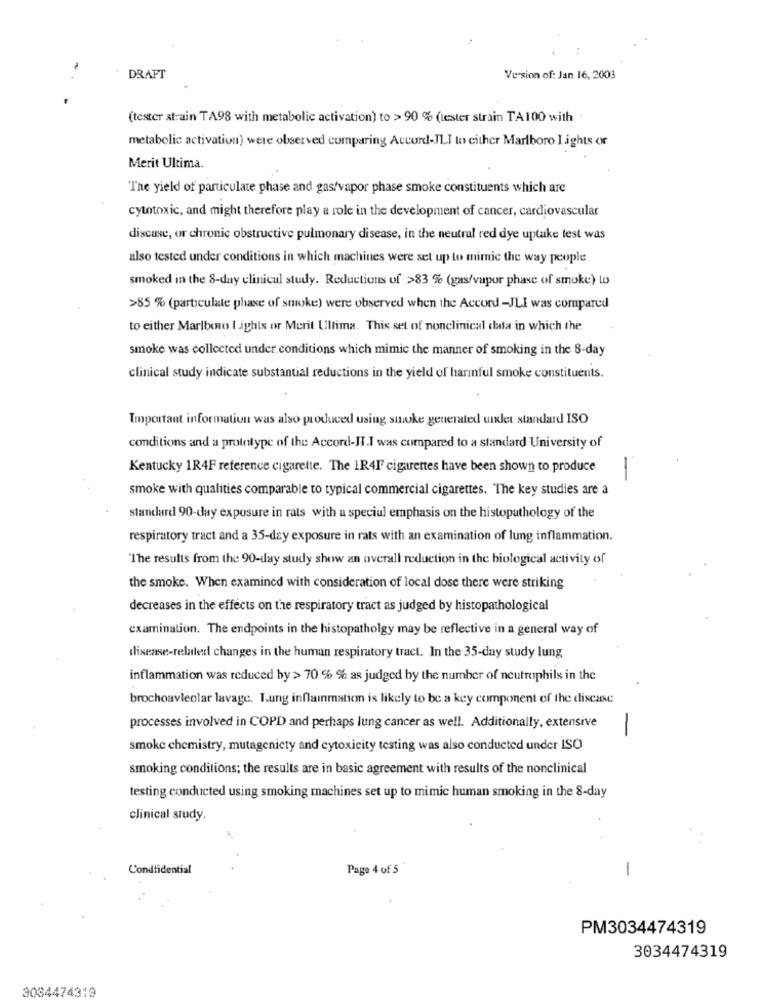
DRAFT
Version of: Jan 16, 2003
(tester strain TA98 with metabolic activation) to > 90 % (tester strain TA 100 with
metabolic activation) were observed comparing Accord-JLI to cither Marlboro I ights or
Merit Ultima.
The yield of particulate phase and gas/vapor phase smoke constituents which are
cytotoxic, and might therefore play a role in the development of cancer, cardiovascular
discase, or chronic obstructive pulmonary disease, in the neutral red dye uptake test was
also tested under conditions in which machines were set up to mimic the way people
smoked in the 8-day clinical study. Reductions of >83 % (gas/vapur phase of smoke) to
>85 % (particulate phase of smoke) were observed when the Accord -JLI was compared
to either Marlboro I ghts or Merit Ultima. This set of nonclinical data in which the
smoke was collected under conditions which mimic the manner of smoking in the 8-day
clinical study indicate substantial reductions in the yield of harmful smoke constituents.
Important information was also produced using smoke generated uxlet standard ISO
conditions and a prototype of the Accord-IT.I was compared to a standard University of
Kentucky 1R4F reference cigarette. The 1R4F cigarettes have been shown to produce
smoke with qualities comparable to typical commercial cigarettes. The key studies are a
standard 90-day exposure in rats with a special emphasis on the histopathology of the
respiratory tract and a 35-dzy exposure in rats with an examination of lung inflammation.
"The results from the 90-day study show an overall reduction in the biological activity of
the smoke. When examined with consideration of local dose there were striking
decreases in the effects on the respiratory tract as judged by histopathological
examination. The endpoints in the histopatholgy may be reflective in a general way of
disease-related changes in the human respiratory tract. In the 35-day study lung,
inflammation was reduced by > 70 % % as judged by the number of neutrophils in the
brochoavleolar lavage. Lung inflammation is likely to be a key component of the disease
processes involved in COPD and perhaps lung cancer as well. Additionally, extensive
-
smoke chemistry, mutagenicty and cytoxicity testing was also conducted under ISO
smoking conditions; the results are in basic agreement with results of the nonclinical
testing conducted using smoking machines set up to mimic human smoking in the 8-day
clinical study.
Condtidential
Page 4 of 5
-
PM3034474319
3034474319
3034474319